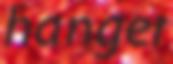
hanger